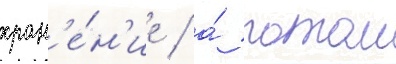
хран'е́н'ие / а́ потом